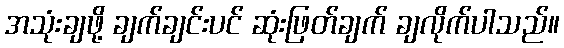
အသုံးချဖို့ ချက်ချင်းပင် ဆုံးဖြတ်ချက် ချလိုက်ပါသည်။